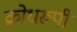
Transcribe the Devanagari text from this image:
क्रोधरूपी